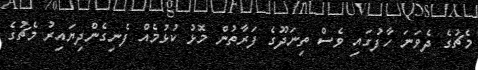
މެޗުގެ ދެވަނަ ހާފުގައި ވެސް ތިނަދޫގެ ފަރާތުން މޮޅު ކުޅުމެއް ފެނިގެންދިޔައިރު މެޗުގެ